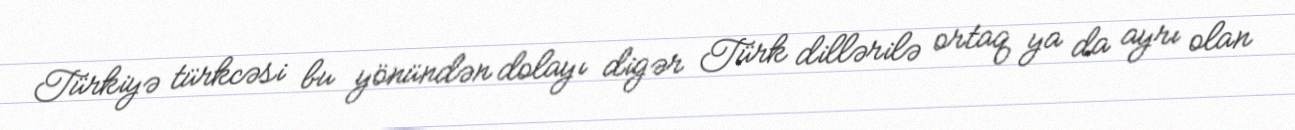
Türkiyə türkcəsi bu yönündən dolayı digər Türk dillərilə ortaq ya da ayrı olan